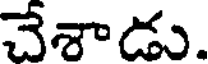
చేశాడు.